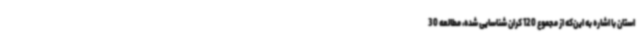
استان با اشاره به این‌که از مجموع 120 کران شناسایی شده، مطالعه 30